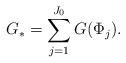
LaTeX: \begin{align*}G_* = \sum_{j=1}^{J_0} G(\Phi_{j}).\end{align*}